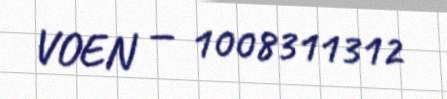
VOEN — 1008311312